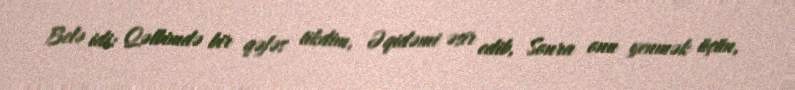
Belə idi: Qəlbimdə bir qəfəs tikdim, Əqidəmi əsir edib, Sonra onu yenmək üçün,